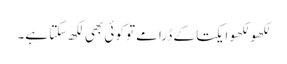
لکھو لکھو ایکتا کے ڈرامے تو کوئی بھی لکھ سکتا ہے۔